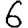
Digit: 6